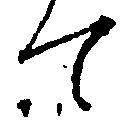
て